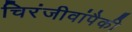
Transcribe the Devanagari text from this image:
चिरंजीवांपैकी